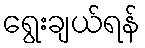
ရွေးချယ်ရန်